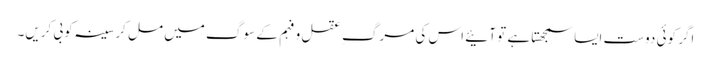
اگر کوئی دوست ایسا سمجھتا ہے تو آئیے اس کی مرگ ِ عقل و فہم کے سوگ میں مل کر سینہ کوبی کریں۔